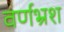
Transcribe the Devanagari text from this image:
वर्णभ्रंश